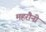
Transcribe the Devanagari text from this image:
महरौनी